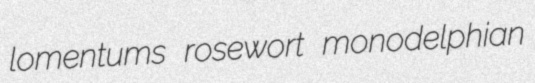
lomentums rosewort monodelphian